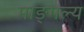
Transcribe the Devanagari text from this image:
माङ्गल्य